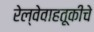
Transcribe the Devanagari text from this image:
रेल्वेवाहतूकीचे